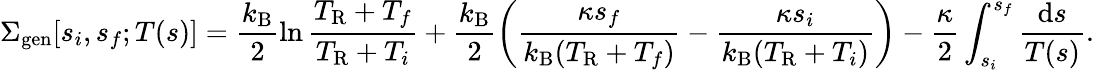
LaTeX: \Sigma_{\mathrm{gen}}[s_{i},s_{f};T(s)]=\frac{k_{\mathrm{B}}}{2}\ln\frac{T_{\mathrm{R}}+T_{f}}{T_{\mathrm{R}}+T_{i}}+\frac{k_{\mathrm{B}}}{2}\left(\frac{\kappa s_{f}}{k_{\mathrm{B}}(T_{\mathrm{R}}+T_{f})}-\frac{\kappa s_{i}}{k_{\mathrm{B}}(T_{\mathrm{R}}+T_{i})}\right)-\frac{\kappa}{2}\int_{s_{i}}^{s_{f}}\frac{\textrm{d}{s}}{T(s)}.